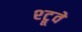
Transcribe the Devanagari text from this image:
श्ट्रूवे